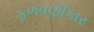
ફળવણીકાર